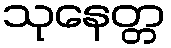
သုနေတ္တ